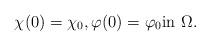
LaTeX: \begin{align*} \chi(0) = \chi_0, \varphi(0) = \varphi_0 \textrm{in $\Omega$}.\end{align*}